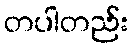
တပါတည်း